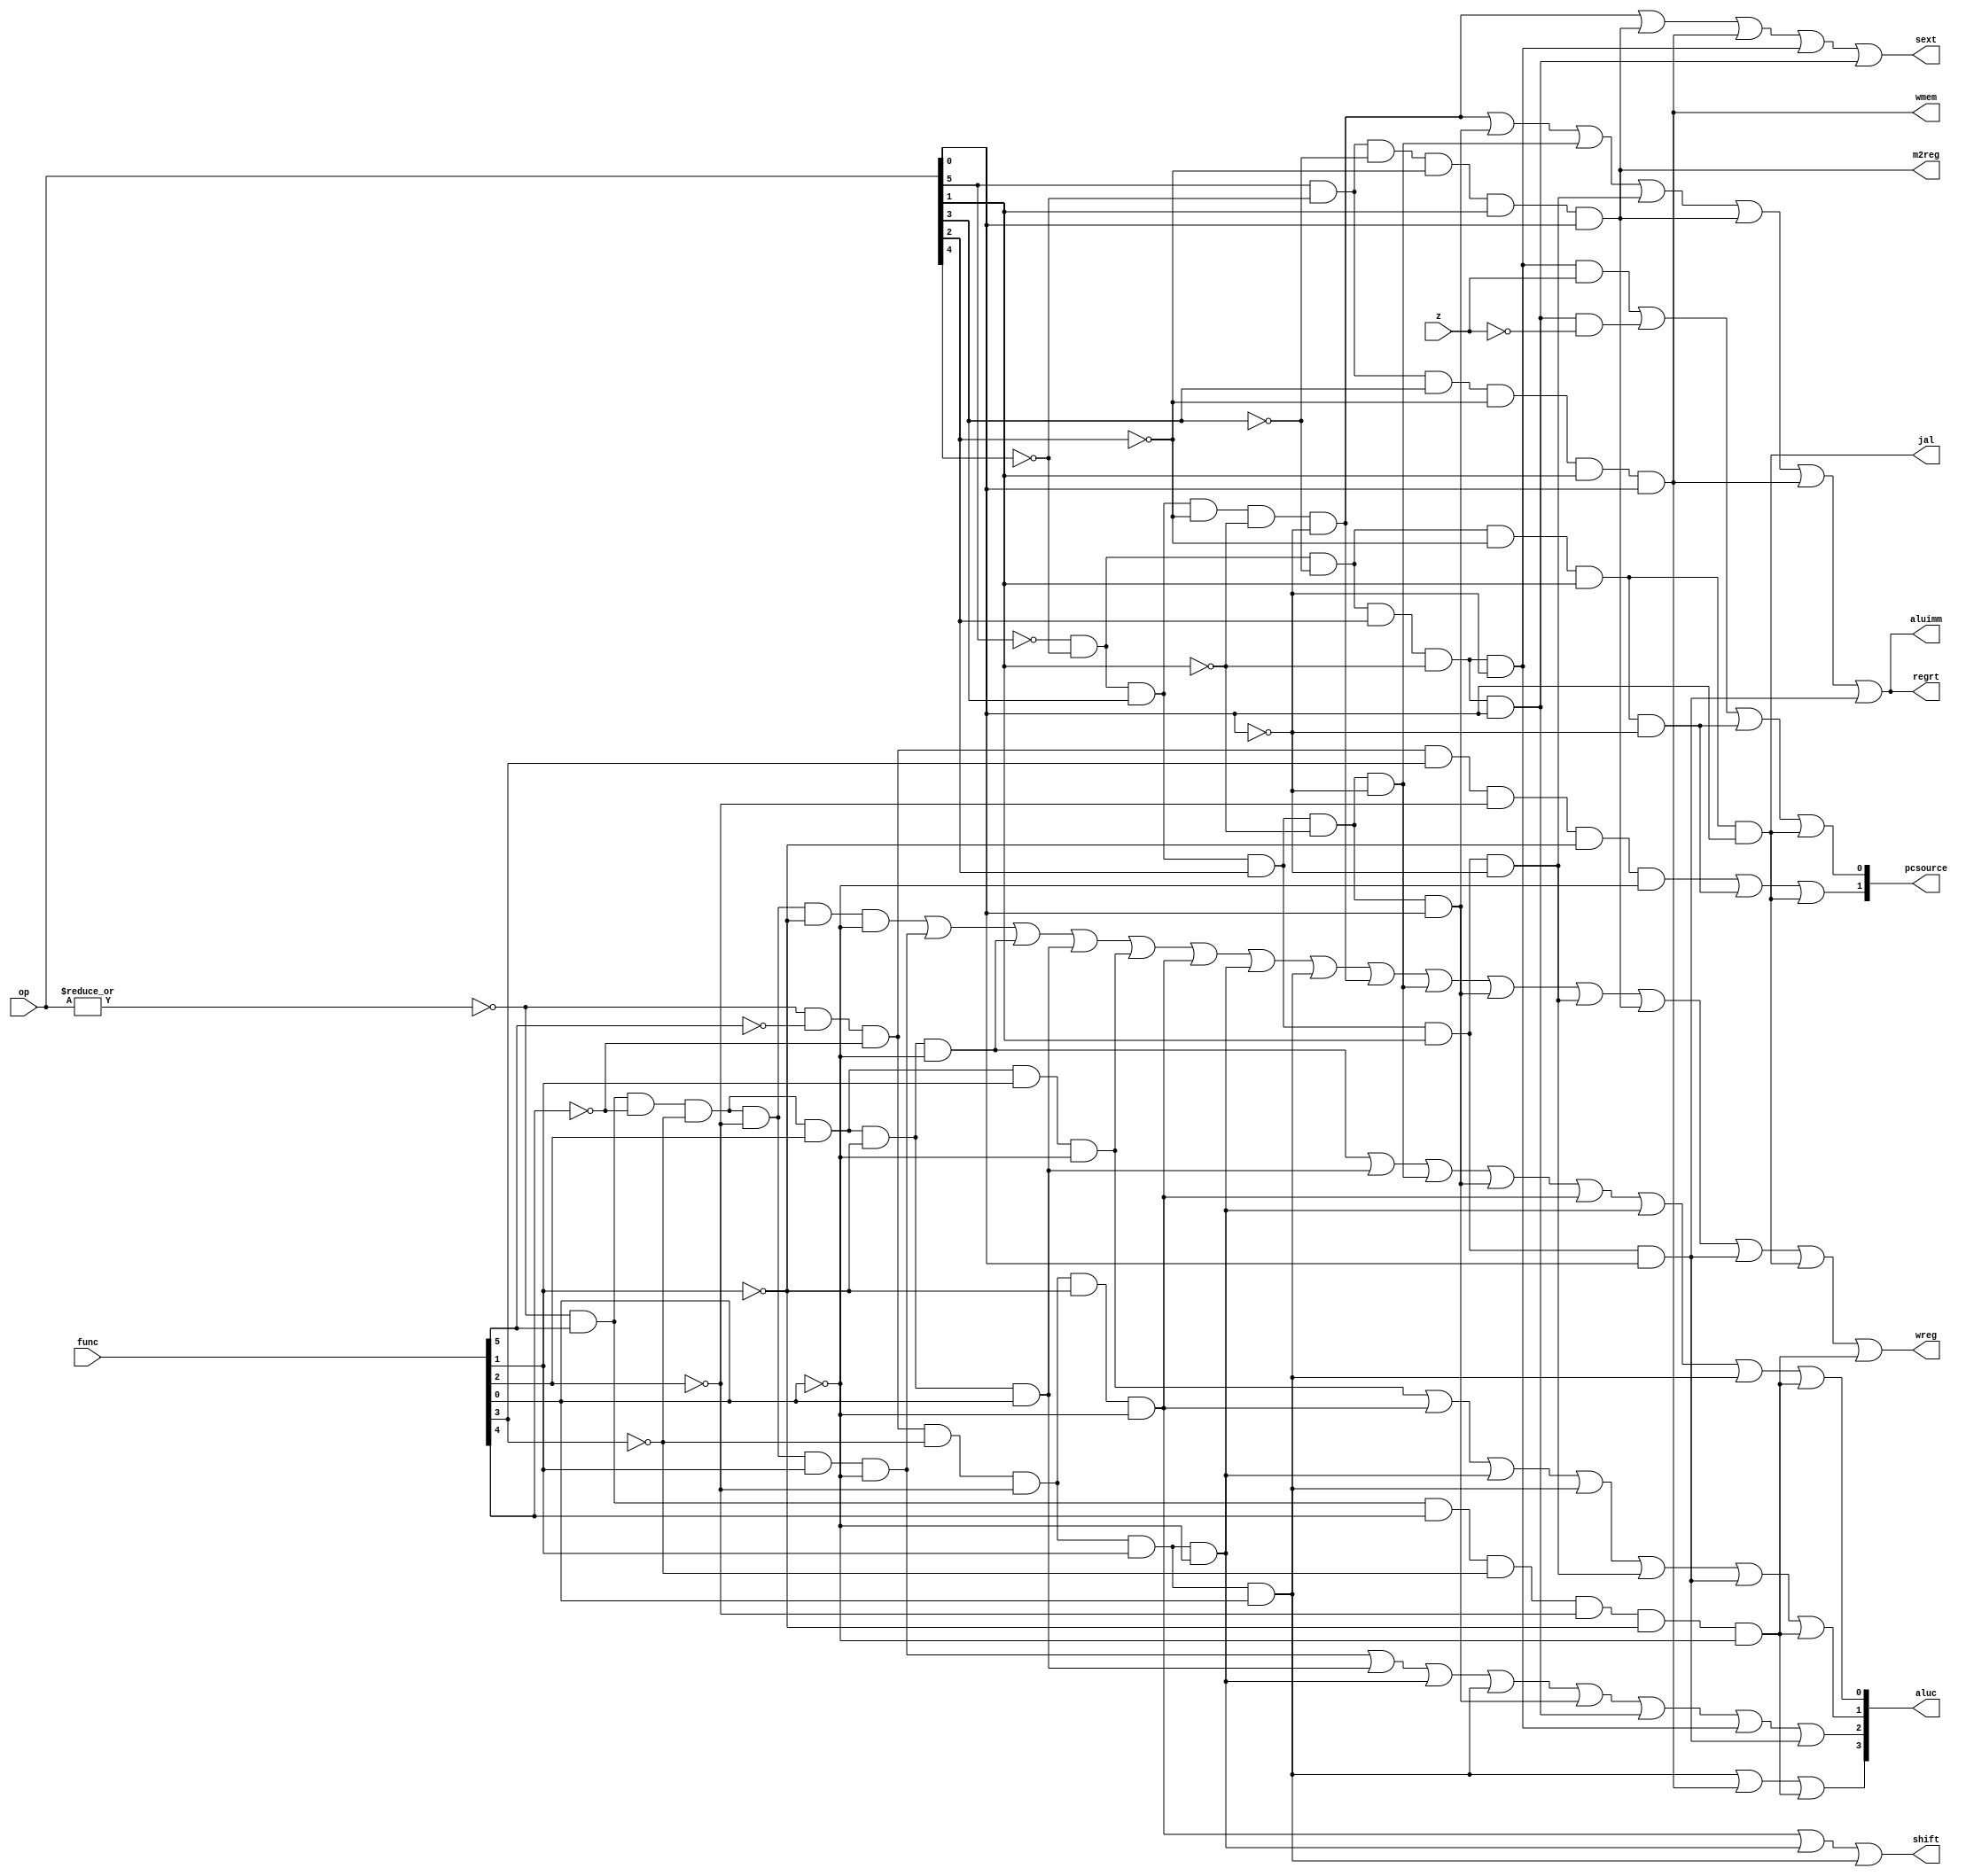
module sc_cu (op, func, z, wmem, wreg, regrt, m2reg, aluc, shift,
              aluimm, pcsource, jal, sext);
   input  [5:0] op,func;
   input        z;
   output       wreg,regrt,jal,m2reg,shift,aluimm,sext,wmem;
   output [3:0] aluc;                                       //see alu.v
   output [1:0] pcsource; //mux4x32 nextpc(p4,adr,ra,jpc,pcsource,npc);
   wire r_type = ~|op;
   wire i_add = r_type & func[5] & ~func[4] & ~func[3] &
                ~func[2] & ~func[1] & ~func[0];          //100000
   wire i_sub = r_type & func[5] & ~func[4] & ~func[3] &
                ~func[2] &  func[1] & ~func[0];          //100010
      
   //  please complete the deleted code.
   
   wire i_and =  r_type & func[5] & ~func[4] & ~func[3] & func[2] &  ~func[1] & ~func[0];
   wire i_or  =  r_type & func[5] & ~func[4] & ~func[3] & func[2] &  ~func[1] & func[0];

   wire i_xor = r_type & func[5] & ~func[4] & ~func[3] & func[2] &  func[1] & ~func[0];
   wire i_sll = r_type & ~func[5] & ~func[4] & ~func[3] & ~func[2] &  ~func[1] & ~func[0];
   wire i_srl = r_type & ~func[5] & ~func[4] & ~func[3] & ~func[2] &  func[1] & ~func[0];
   wire i_sra = r_type & ~func[5] & ~func[4] & ~func[3] & ~func[2] &  func[1] & func[0];
   wire i_jr  = r_type & ~func[5] & ~func[4] & func[3] & ~func[2] &  ~func[1] & ~func[0];
                
   wire i_addi = ~op[5] & ~op[4] &  op[3] & ~op[2] & ~op[1] & ~op[0]; //001000
   wire i_andi = ~op[5] & ~op[4] &  op[3] &  op[2] & ~op[1] & ~op[0]; //001100
   
   wire i_ori  =   ~op[5] & ~op[4] &  op[3] & op[2] & ~op[1] & op[0];   // complete by yourself.
   wire i_xori =   ~op[5] & ~op[4] &  op[3] & op[2] & op[1] & ~op[0]; 
   wire i_lw   =    op[5] & ~op[4] &  ~op[3] & ~op[2] & op[1] & op[0];
   wire i_sw   = op[5] & ~op[4] &  op[3] & ~op[2] & op[1] & op[0];
   wire i_beq  = ~op[5] & ~op[4] &  ~op[3] & op[2] & ~op[1] & ~op[0];
   wire i_bne  = ~op[5] & ~op[4] &  ~op[3] & op[2] & ~op[1] & op[0];
   wire i_lui  = ~op[5] &   ~op[4] & op[3] & op[2] & op[1] &   op[0];
   wire i_j    = ~op[5] & ~op[4] &  ~op[3] & ~op[2] & op[1] & ~op[0];
   wire i_jal  =  ~op[5] & ~op[4] &  ~op[3] & ~op[2] & op[1] & op[0];

   wire I_HAMM = r_type & func[5] & func[4] & ~func[3] & ~func[2] & ~func[1] & ~func[0];
                                                                  //I_HAMM FUNC=110000
  
   assign pcsource[1] = i_jr | i_j | i_jal;
   assign pcsource[0] = ( i_beq & z ) | (i_bne & ~z) | i_j | i_jal ;
   
   assign wreg = i_add | i_sub | i_and | i_or   | i_xor  |
                 i_sll | i_srl | i_sra | i_addi | i_andi |
                 i_ori | i_xori | i_lw | i_lui  | i_jal | I_HAMM;//WRITE TO REGISTER
                                                                  //I_HAMM ALUC=1011
   assign aluc[3] =  i_sra | i_sw | I_HAMM;  // complete by yourself.
   assign aluc[2] =  i_sub | i_or | i_srl | i_sra | i_ori |i_bne |i_beq|i_lui;
   assign aluc[1] =  i_xor |i_sll | i_srl | i_sra | i_xori|i_lui | I_HAMM;
   assign aluc[0] =  i_and | i_or | i_andi| i_ori |i_sll | i_srl | i_sra | I_HAMM;
   assign shift   =  i_sll | i_srl | i_sra ;

   assign aluimm  =  i_addi| i_ori| i_andi|i_xori| i_lw| i_sw |i_lui;    // complete by yourself.
   assign sext    =  i_addi| i_lw |i_sw |i_beq |i_bne;
   assign wmem    =  i_sw;
   assign m2reg   =  i_lw;
   assign regrt   = i_addi| i_ori| i_andi|i_xori| i_lw| i_sw| i_lui;
   assign jal     = i_jal;

endmodule